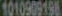
1010909198